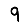
Digit: 9